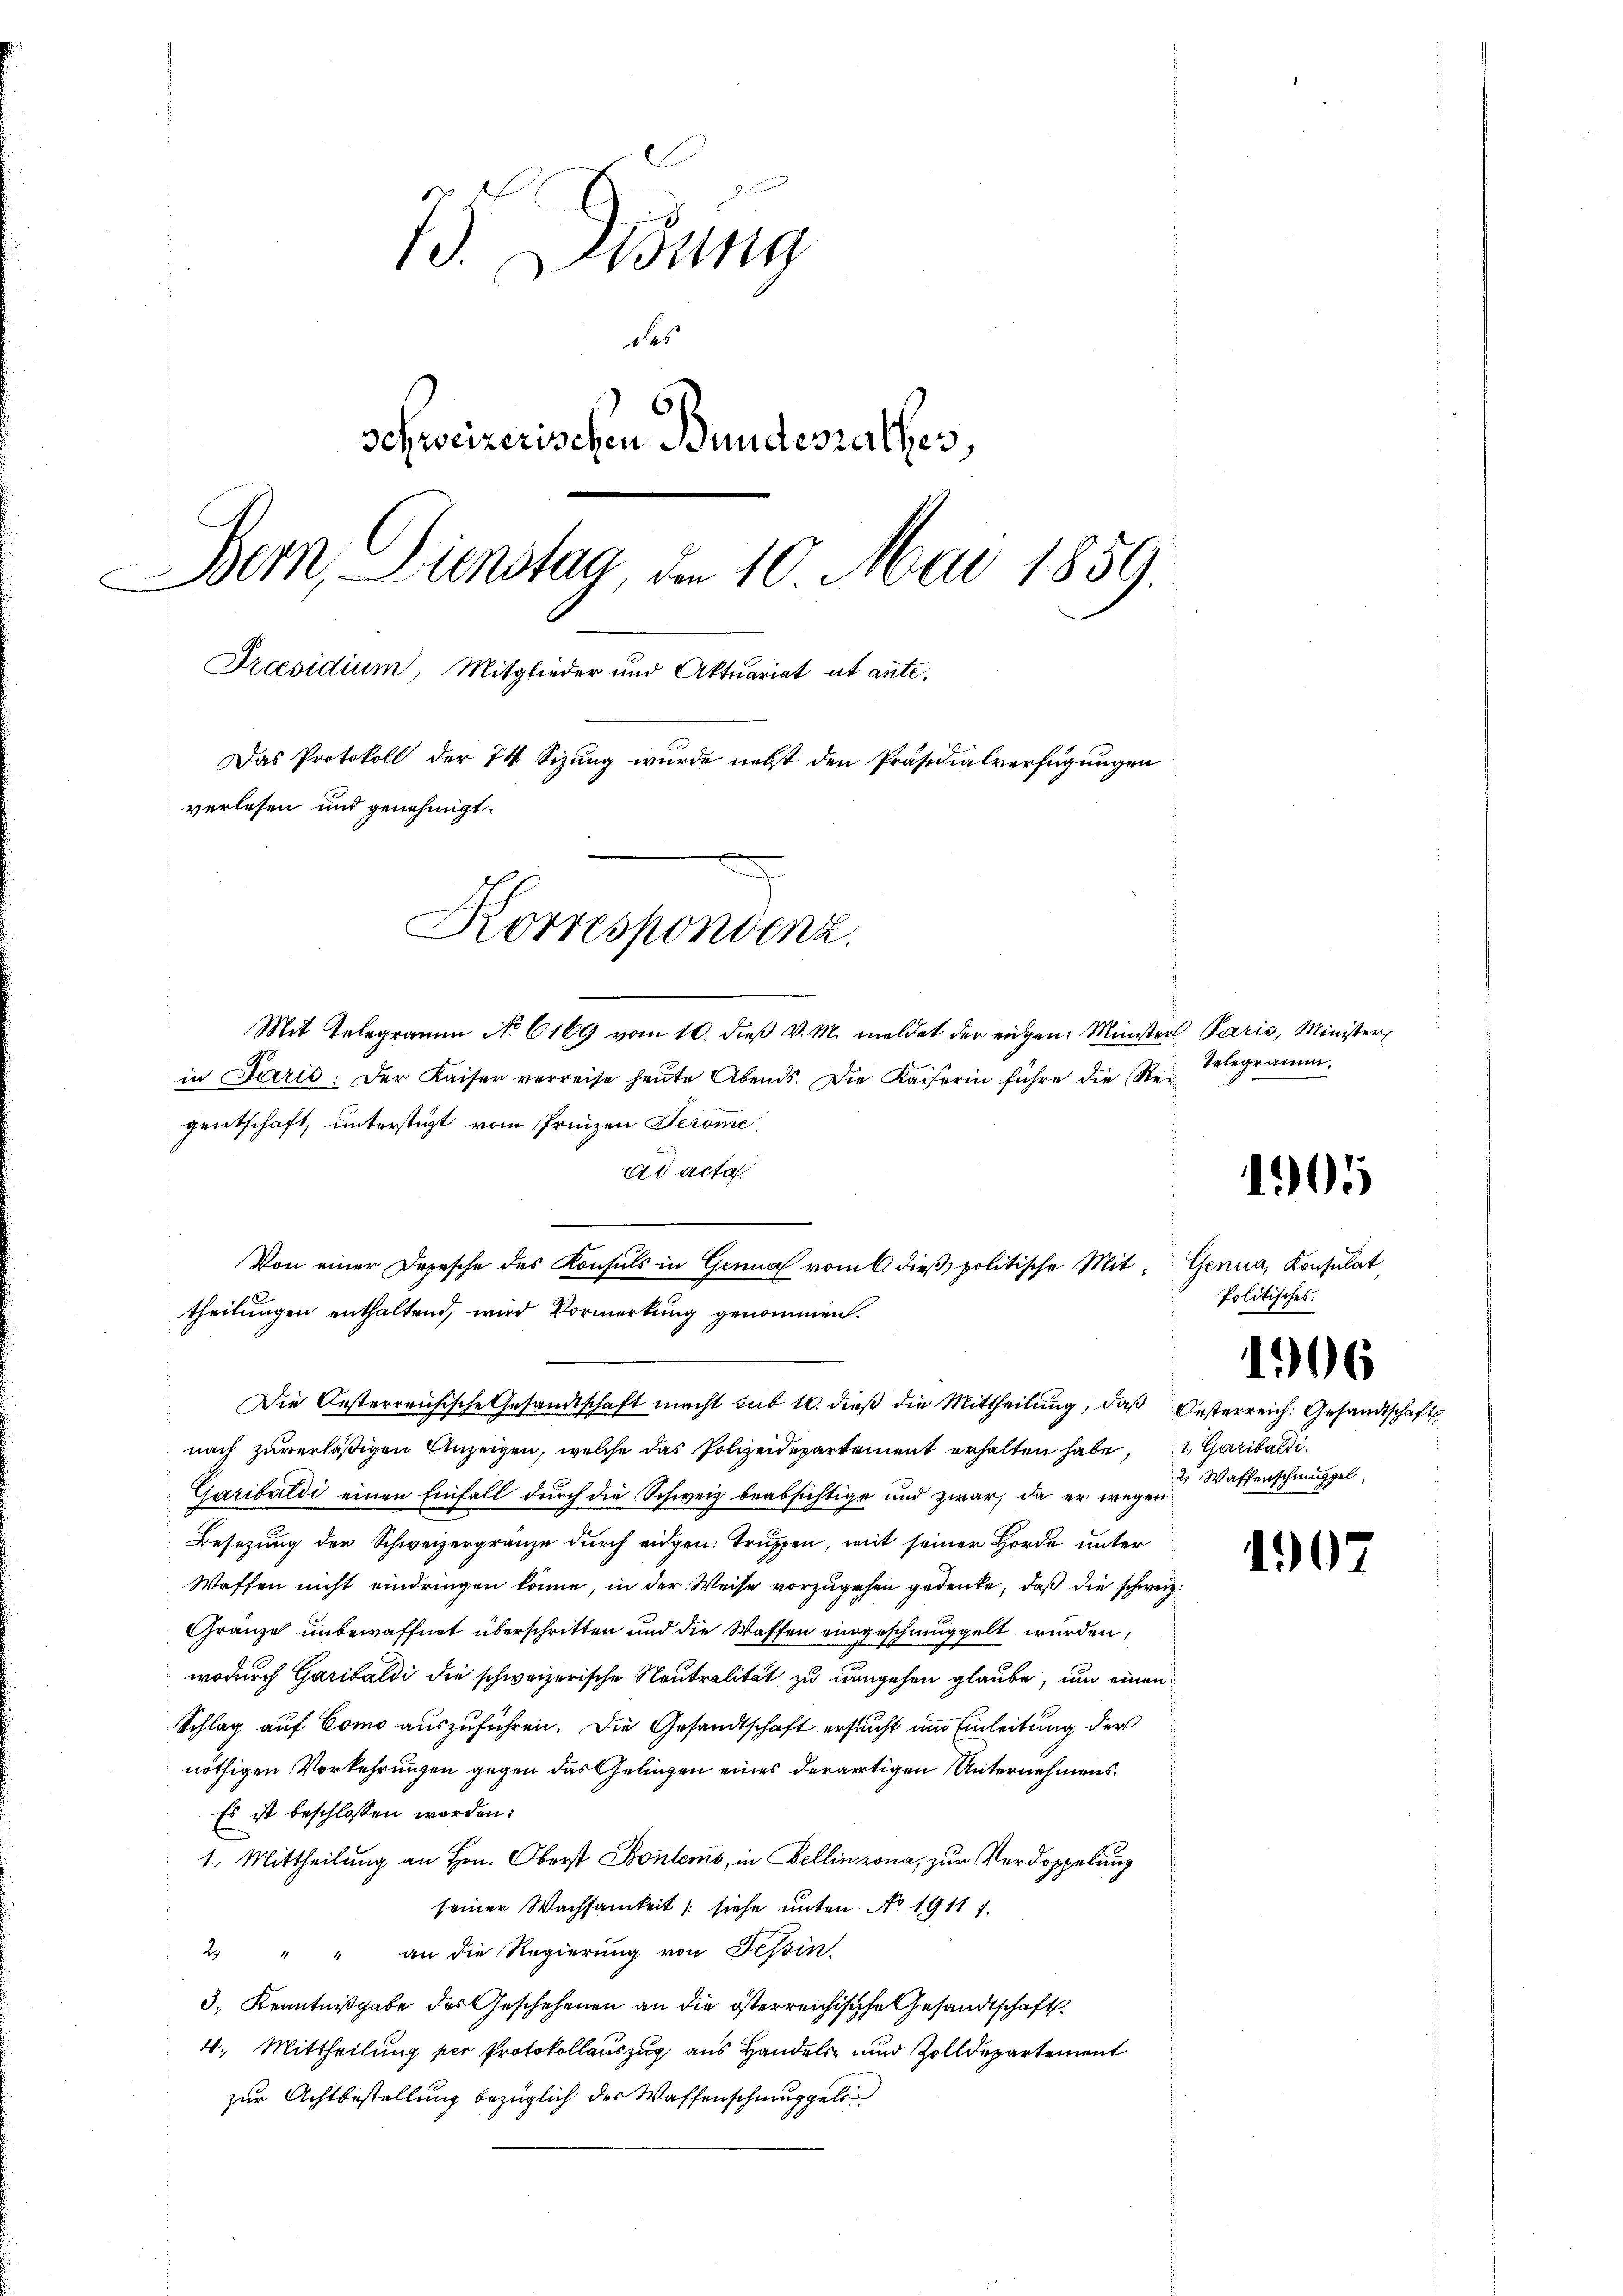
d. Disung
des
schweizerischen Bundesrathes,
Bern, Dienstag den 10. Mai 1859.
Praesidium, Mitglieder und Aktuariat ut ante,
Das Protokoll der 74. Sizung wurde nebst den Präsidialverfügungen
verlesen und genehmigt.
Korrespondenz.
Mit Telegramm No 6169 vom 10. dieβ v. M. meldet der eigen: Minister Paris, Minister
in Jarić. Der Kaiser verreise heŭte Abends. Die Kaiserin führe die Rei-

gentschaft, unterstüzt, vom Prinzen Terome
ad acta.
Die Oesterreichische Gesandtschaft macht sub 1. dieß die Mittheilung, daß Oesterreich. Gesandtschafts
nach zuverläßigen Anzeigen, welche das Polizeidepartement erhalten habe, Garibaldi
Garibaldi einen Einfall durch die Schweiz beabsichtige und zwar, da er wegen
Besetzung der Schweizergränze durch eidgen: Truppen, mit seiner Hörde unter
Waffen nicht eindringen könne, in der Weise vorzugehen gedenke, daß die schweiz.
Gränze unbewaffnet überschritten und die Waffen eingeschmuggelt wurden,
wodurch Garibaldi die schweizerische Neutralität zu umgehen glaube, um einen
Schlag auf Como auszuführen. Die Gesandtschaft ersucht um Einleitung der
nöthigen Vorkehrungen gegen das Gelingen eines derartigen Unternehmens¬
Es ist beschlossen worden:
1. Mittheilung an Hrn. Oberst Bontems, in Bellinzona, zur Verdoppelung
seiner Wachsamkeit /: siehe unten. No. 1911 7.
2 " " an die Regierŭng von Tessin,
3. Kenntnißgabe des Geschehenen an die österreichische Gesandtschaft
4. Mittheilung per Protokollauszug aus Handels- und Zolldepartement
zur Achtbestellung bezüglich des Waffenschmuppels

Von einer Dopesche des Konsuls in Genua vom 6 dieβ politische Mit Genua, Konsulat
theilungen enthaltend, wird Vormerkung genommen.

Telegramm.

105

Politisches.

1906

2 Waffenschmuggel

1907